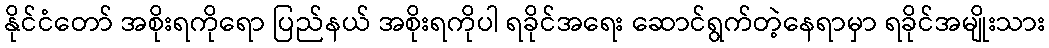
နိုင်ငံတော် အစိုးရကိုရော ပြည်နယ် အစိုးရကိုပါ ရခိုင်အရေး ဆောင်ရွက်တဲ့နေရာမှာ ရခိုင်အမျိုးသား